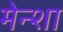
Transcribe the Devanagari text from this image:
मेन्शा